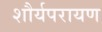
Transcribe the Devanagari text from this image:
शौर्यपरायण